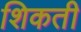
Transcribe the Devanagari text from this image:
शिकती